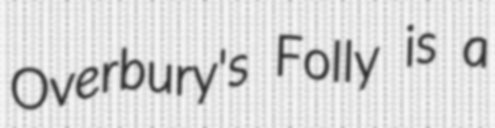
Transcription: Overbury's Folly is a